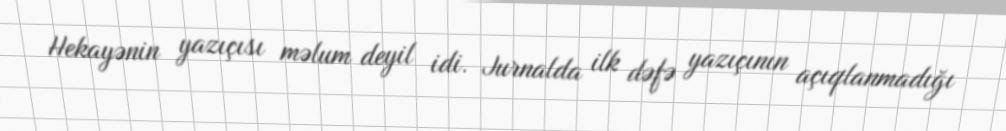
Hekayənin yazıçısı məlum deyil idi. Jurnalda ilk dəfə yazıçının açıqlanmadığı